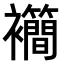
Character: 𫌙